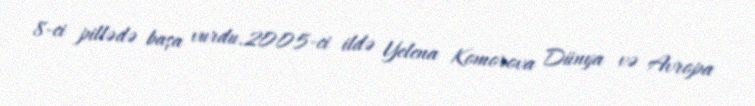
8-ci pillədə başa vurdu.2005-ci ildə Yelena Komorova Dünya və Avropa